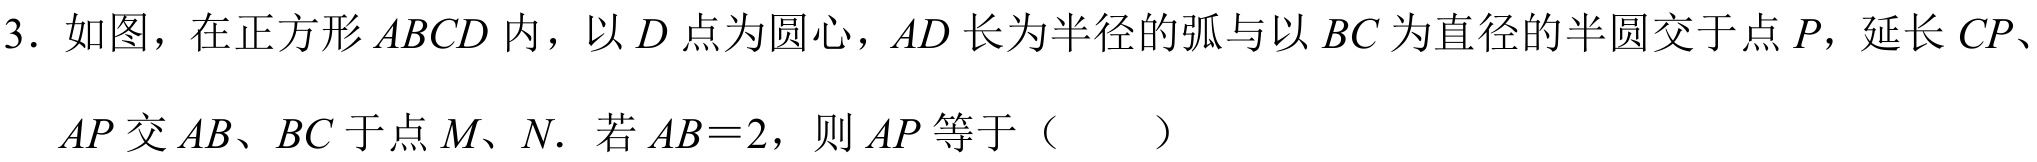
3. 如图，在正方形 \(ABCD\) 内，以 \(D\) 点为圆心，\(AD\) 长为半径的弧与以 \(BC\) 为直径的半圆交于点 \(P\)，延长 \(CP\)、\(AP\) 交 \(AB\)、\(BC\) 于点 \(M\)、\(N\). 若 \(AB = 2\)，则 \(AP\) 等于（  ）